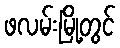
ဖလမ်းမြို့တွင်